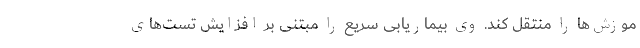
موزش‌ها را منتقل کند. وی بیماریابی سریع را مبتنی بر افزایش تست‌های